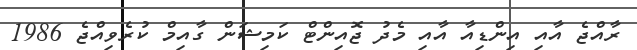
ރާއްޖެ އާއި އިންޑިއާ އާއި މެދު ޖޮއިންޓް ކަމިޝަން ގާއިމް ކުރެވިއްޖެ 1986